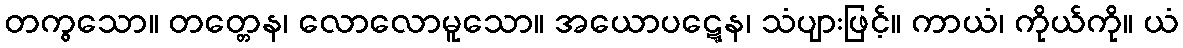
တကွသော။ တတ္တေန၊ လောလောမူသော။ အယောပဋ္ဋေန၊ သံပျားဖြင့်။ ကာယံ၊ ကိုယ်ကို။ ယံ